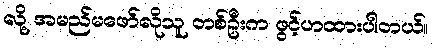
လို့ အမည်မဖော်လိုသူ တစ်ဦးက ဖွင့်ဟထားပါတယ်။